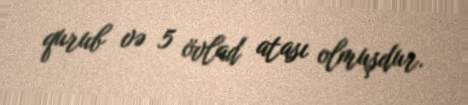
qurub və 5 övlad atası olmuşdur.